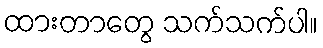
ထားတာတွေ သက်သက်ပါ။